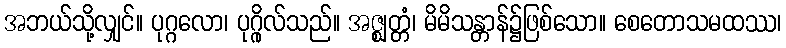
အဘယ်သို့လျှင်။ ပုဂ္ဂလော၊ ပုဂ္ဂိုလ်သည်။ အဇ္ဈတ္တံ၊ မိမိသန္တာန်၌ဖြစ်သော။ စေတောသမထဿ၊